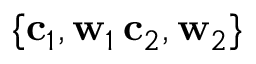
\{ \mathbf { c } _ { 1 } , \mathbf { w } _ { 1 } \, \mathbf { c } _ { 2 } , \mathbf { w } _ { 2 } \}